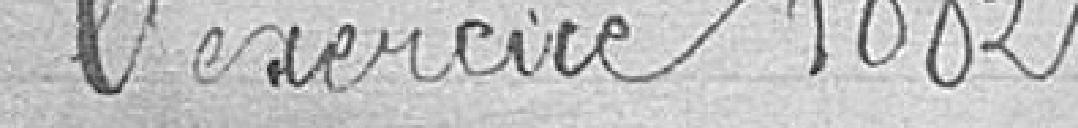
l'exercice 1882